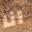
انا